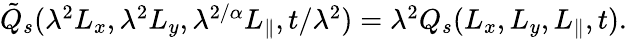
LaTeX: \begin{array}{r}{\tilde{Q}_{s}(\lambda^{2}L_{x},\lambda^{2}L_{y},\lambda^{2/\alpha}L_{\parallel},t/\lambda^{2})=\lambda^{2}Q_{s}(L_{x},L_{y},L_{\parallel},t).}\end{array}